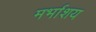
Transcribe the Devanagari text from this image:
मर्भाशय